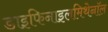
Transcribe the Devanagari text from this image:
डाइफिनाइलमिथेनॉल